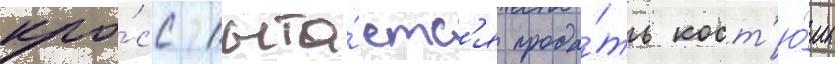
кро́сс пыта́етс'я прода́ть кост'ю́мы